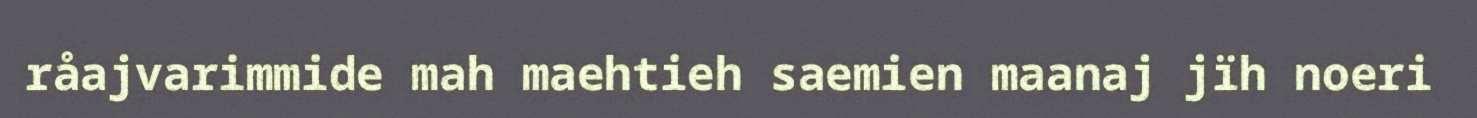
råajvarimmide mah maehtieh saemien maanaj jïh noeri